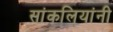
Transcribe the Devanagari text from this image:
सांकलियांनी